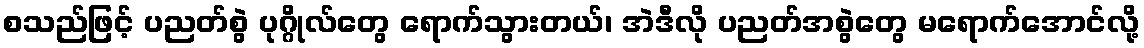
စသည်ဖြင့် ပညတ်စွဲ ပုဂ္ဂိုလ်တွေ ရောက်သွားတယ်၊ အဲဒီလို ပညတ်အစွဲတွေ မရောက်အောင်လို့